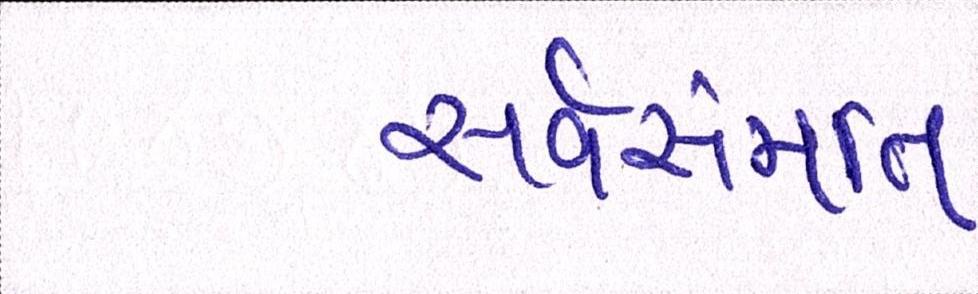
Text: સર્વસંમતિ